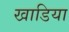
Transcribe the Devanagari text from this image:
खाडिया